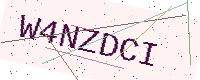
Text: W4NZDCI